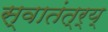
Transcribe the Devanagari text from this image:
स्वातंत्र्य्